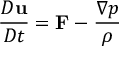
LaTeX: \ { \frac { D \mathbf { u } } { D t } } = \mathbf { F } - { \frac { \nabla p } { \rho } }